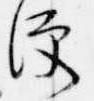
便